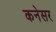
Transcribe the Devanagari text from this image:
कनेसर